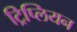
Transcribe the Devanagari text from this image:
ट्रिप्लियन